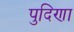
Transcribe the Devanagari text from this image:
पुदिणा